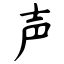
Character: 声